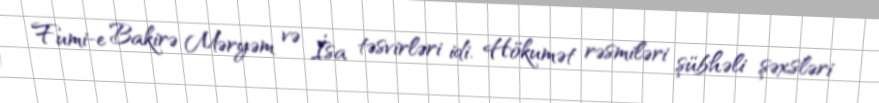
Fumi-e Bakirə Məryəm və İsa təsvirləri idi. Hökumət rəsmiləri şübhəli şəxsləri